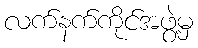
လက်နက်ကိုင်အဖွဲ့မှ